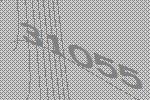
31055